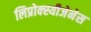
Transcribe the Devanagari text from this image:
लिप्रोक्स्यीजेनेस